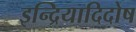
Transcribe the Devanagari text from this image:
इन्द्रियादिदोष